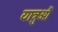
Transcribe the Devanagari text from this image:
यात्रुऔं